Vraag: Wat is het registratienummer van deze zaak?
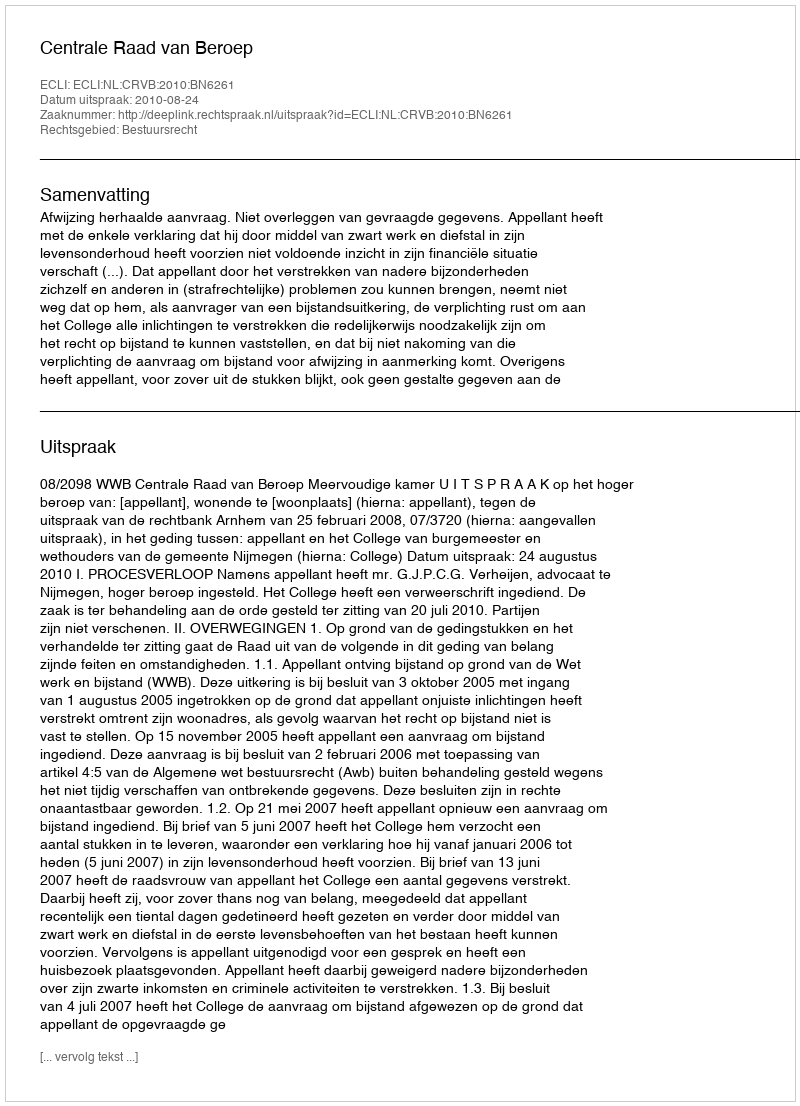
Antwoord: http://deeplink.rechtspraak.nl/uitspraak?id=ECLI:NL:CRVB:2010:BN6261